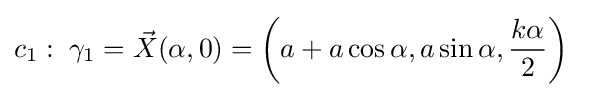
c_{1}:\;\gamma _{1}={\vec {X}}(\alpha ,0)=\left(a+a\cos \alpha ,a\sin \alpha ,{\frac {k\alpha }{2}}\right)\quad